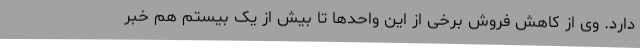
دارد. وی از کاهش فروش برخی از این واحدها تا بیش از یک بیستم هم خبر